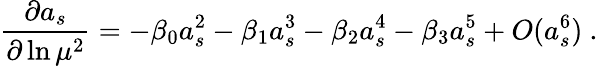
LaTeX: \frac{\partial a_{s}}{\partial\ln\mu^{2}}=-\beta_{0}a_{s}^{2}-\beta_{1}a_{s}^{3}-\beta_{2}a_{s}^{4}-\beta_{3}a_{s}^{5}+O(a_{s}^{6})~.